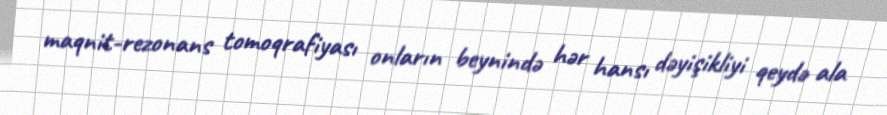
maqnit-rezonans tomoqrafiyası onların beynində hər hansı dəyişikliyi qeydə ala